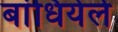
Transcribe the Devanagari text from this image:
बांधियेले